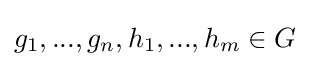
g_{1},...,g_{n},h_{1},...,h_{m}\in G